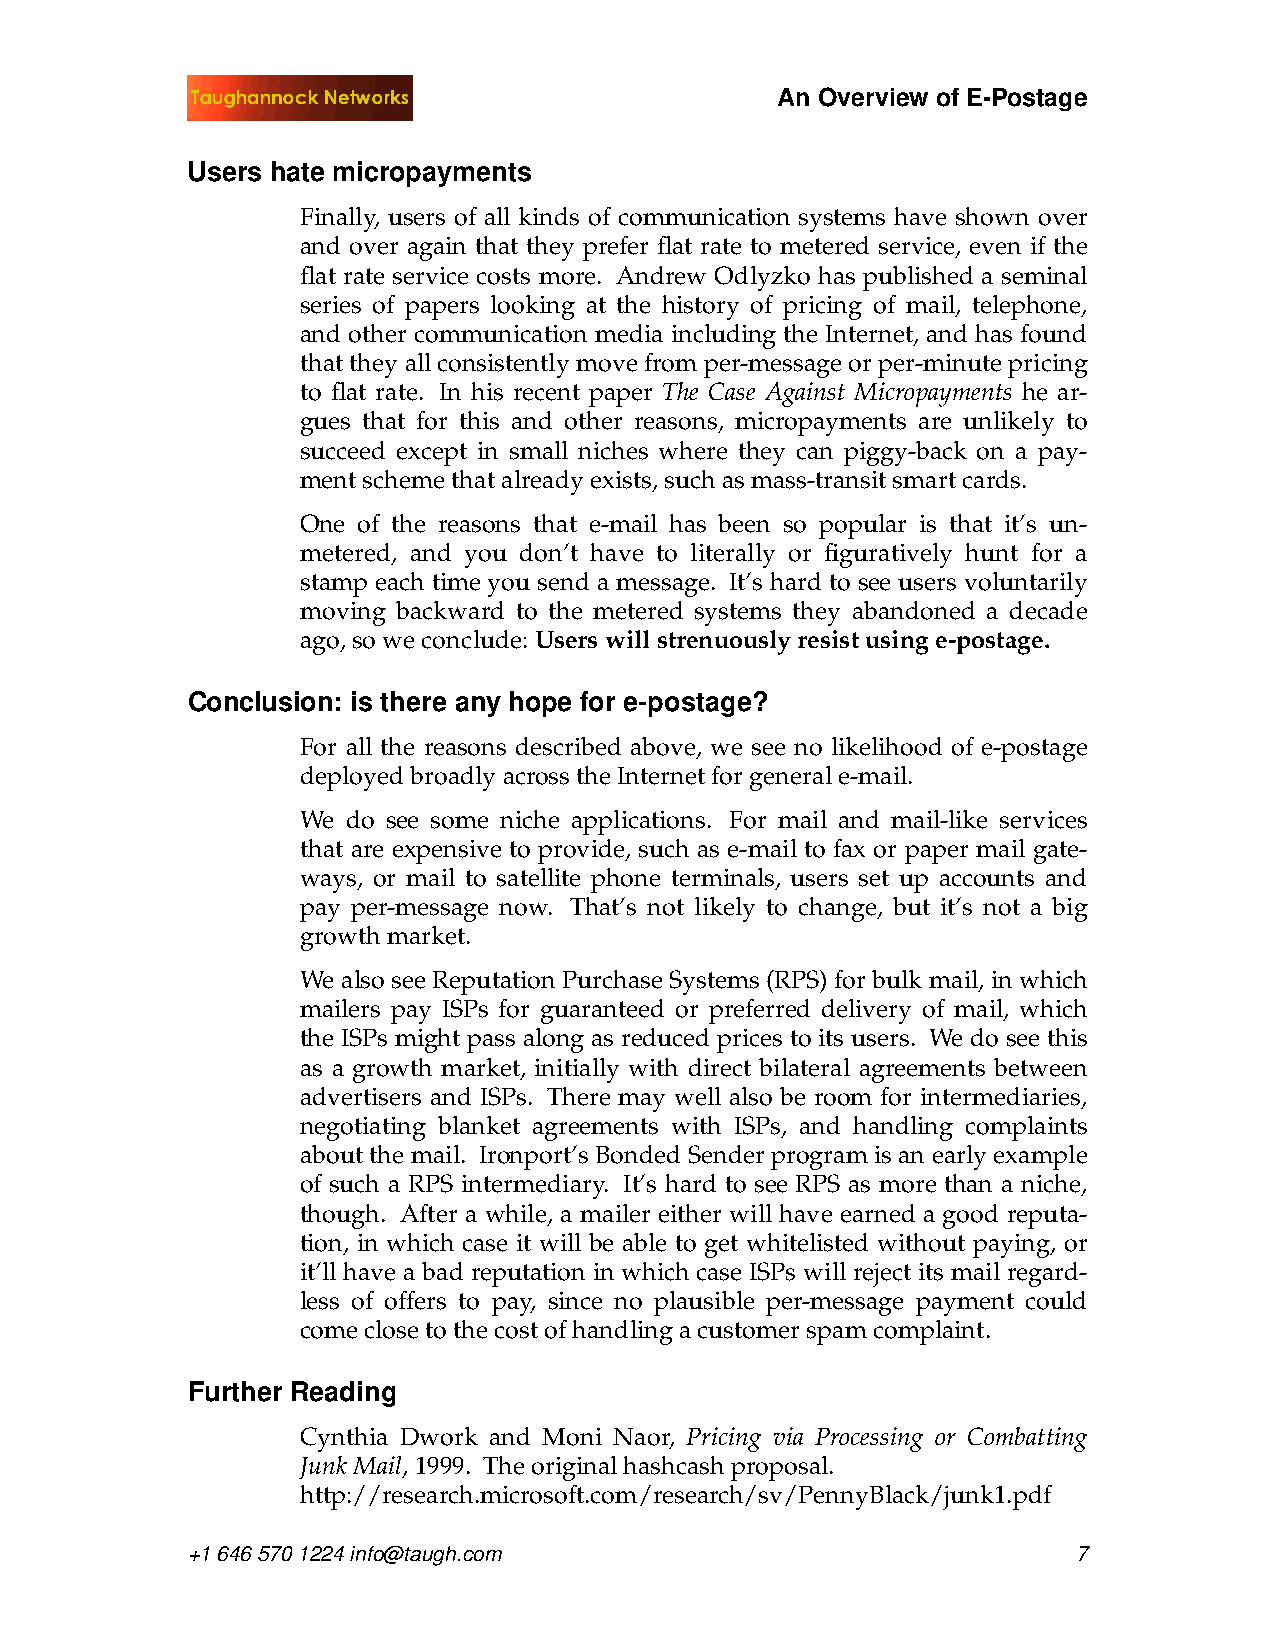
An Overview of E-Postage
 Users hate micropayments
 Finally, users of all kinds of communication systems have shown over
 and over again that they prefer flat rate to metered service, even if the
 flat rate service costs more. Andrew Odlyzko has published a seminal
 series of papers looking at the history of pricing of mail, telephone,
 and other communication media including the Internet, and has found
 that they all consistently move from per-message or per-minute pricing
 to flat rate. In his recent paper The Case Against Micropayments he ar-
 gues that for this and other reasons, micropayments are unlikely to
 succeed except in small niches where they can piggy-back on a pay-
 ment scheme that already exists, such as mass-transit smart cards.
 One of the reasons that e-mail has been so popular is that it’s un-
 metered, and you don’t have to literally or figuratively hunt for a
 stamp each time you send a message. It’s hard to see users voluntarily
 moving backward to the metered systems they abandoned a decade
 ago, so we conclude:Users will strenuously resist using e-postage.
 Conclusion: is there any hope for e-postage?
 For all the reasons described above, we see no likelihood of e-postage
 deployed broadly across the Internet for general e-mail.
 We do see some niche applications. For mail and mail-like services
 that are expensive to provide, such as e-mail to fax or paper mail gate-
 ways, or mail to satellite phone terminals, users set up accounts and
 pay per-message now. That’s not likely to change, but it’s not a big
 growth market.
 We also see Reputation Purchase Systems (RPS) for bulk mail, in which
 mailers pay ISPs for guaranteed or preferred delivery of mail, which
 the ISPs might pass along as reduced prices to its users. We do see this
 as a growth market, initially with direct bilateral agreements between
 advertisers and ISPs. There may well also be room for intermediaries,
 negotiating blanket agreements with ISPs, and handling complaints
 about the mail. Ironport’s Bonded Sender program is an early example
 of such a RPS intermediary. It’s hard to see RPS as more than a niche,
 though. After a while, a mailer either will have earned a good reputa-
 tion, in which case it will be able to get whitelisted without paying, or
 it’ll have a bad reputation in which case ISPs will reject its mail regard-
 less of offers to pay, since no plausible per-message payment could
 come close to the cost of handling a customer spam complaint.
 Fur ther Reading
 Cynthia Dwork and Moni Naor, Pricing via Processing or Combatting
 Junk Mail,1999. Theoriginal hashcash proposal.
 http://research.microsoft.com/research/sv/PennyBlack/junk1.pdf
 +1 646 570 1224 info@taugh.com                             7